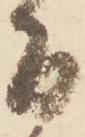
間